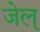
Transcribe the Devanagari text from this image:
जेल्